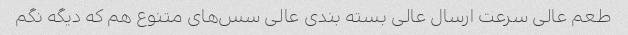
طعم عالی سرعت ارسال عالی بسته بندی عالی سس‌های متنوع هم که دیگه نگم